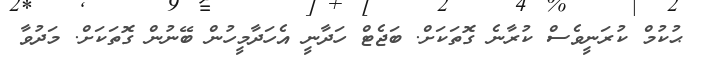
ޙުކުމް ކުރަނީވެސް ކުރާނެ ގޮތަަކަށް. ބަޖެޓް ހަދާނީ އެހަދާމީހުން ބޭނުން ގޮތަކަށް. މަދުވާ